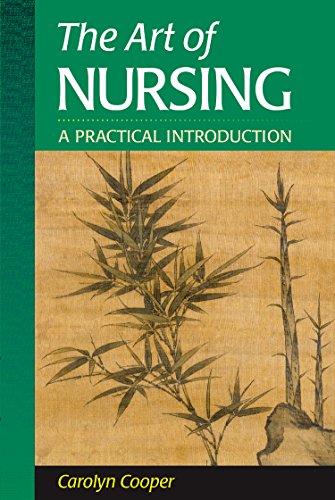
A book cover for The Art of Nursing: A Practical Introduction; Carolyn Cooper PhD  RN; Medical Books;